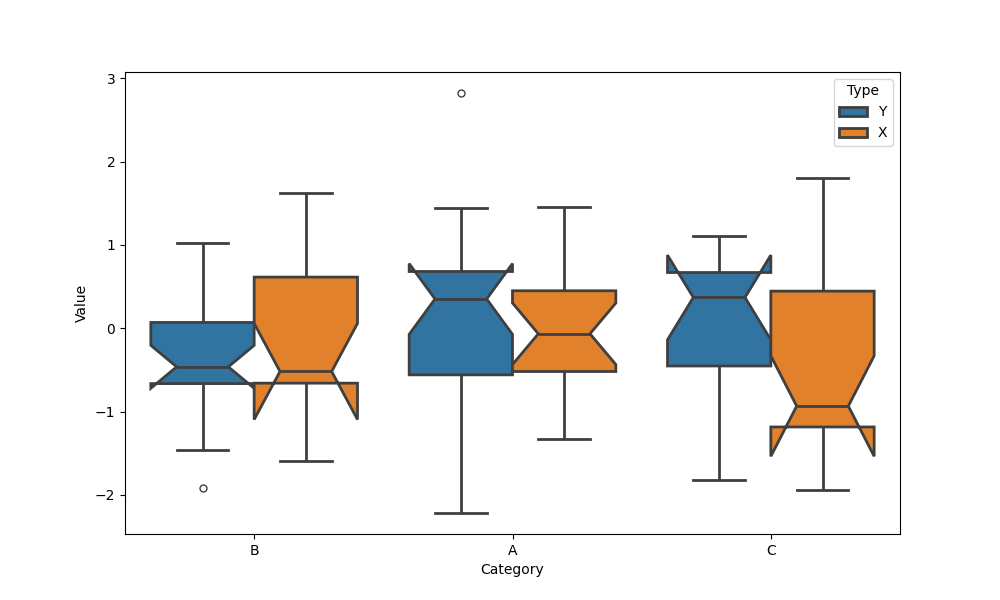
python, seaborn, boxplot, width=0.8, linewidth=2, fliersize=5, notch=True